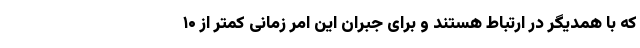
که با همدیگر در ارتباط هستند و برای جبران این امر زمانی کمتر از ۱۰